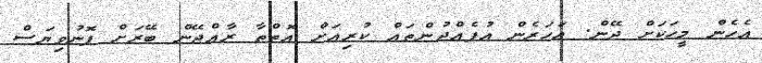
އެހެން މީހަކަށް ދޭން. އަހަރެން އުފެއްދުންތައް ކުރިއަށް އޮތްތާ ރާއްޖޭން ބޭރަށް ފޮނުވިޔަސް